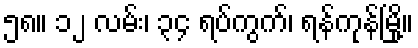
၅၈။ ၁၂ လမ်း၊ ၃၄ ရပ်ကွက်၊ ရန်ကုန်မြို့။